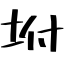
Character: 坿